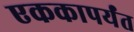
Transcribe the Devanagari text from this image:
एककापर्यंत